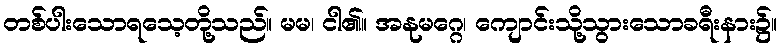
တစ်ပါးသောရသေ့တို့သည်။ မမ၊ ငါ၏။ အနုမဂ္ဂေ၊ ကျောင်းသို့သွားသောခရီးနား၌။